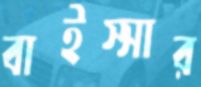
বাইস্সার